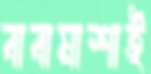
বাবামাশাই